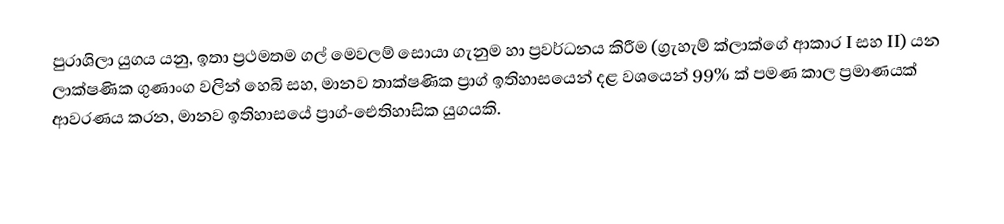
පුරාශිලා යුගය යනු,  ඉතා ප්‍රථමතම ගල් මෙවලම් සොයා ගැනුම හා ප්‍රවර්ධනය කිරීම (ග්‍රැහැම් ක්ලාක්ගේ  ආකාර I සහ II) යන ලාක්ෂණික ගුණාංග වලින් හෙබි සහ, මානව තාක්ෂණික ප්‍රාග් ඉතිහාසයෙන් දළ වශයෙන් 99% ක් පමණ කාල ප්‍රමාණයක් ආවරණය කරන,   මානව ඉතිහාසයේ ප්‍රාග්-ඓතිහාසික  යුගයකි.